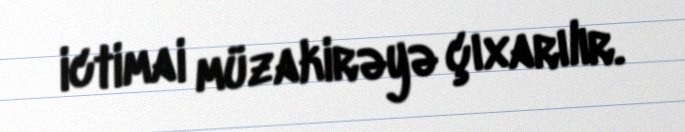
ictimai müzakirəyə çıxarılır.